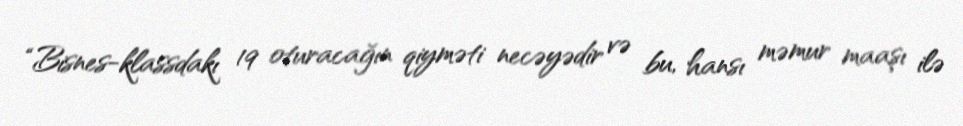
“Bisnes-klassdakı 19 oturacağın qiyməti necəyədir və bu, hansı məmur maaşı ilə